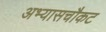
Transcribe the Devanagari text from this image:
अभ्यासचौकट